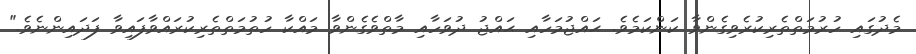
މެދުގައި ހުރުމަތްތެރިކުރެވިގެންވާ ކަންކަމެވެ. ޙައްޖުމަހާއި ޙައްޖު ދުވަހާއި މާތްވެގެންވާ މައްކާ ހުތުމަތްތެރިކުރައްވާފައިވާ ފަދައިންނެވެ."